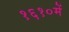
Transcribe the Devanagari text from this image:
१६१०में